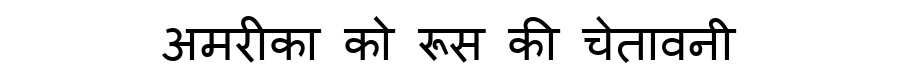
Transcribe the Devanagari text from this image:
अमरीका को रूस की चेतावनी